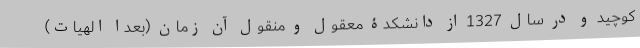
کوچید و در سال 1327 از دانشکدۀ معقول و منقول آن زمان (بعداً الهیات)